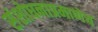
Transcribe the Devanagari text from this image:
संशोधनाप्रमाणेच